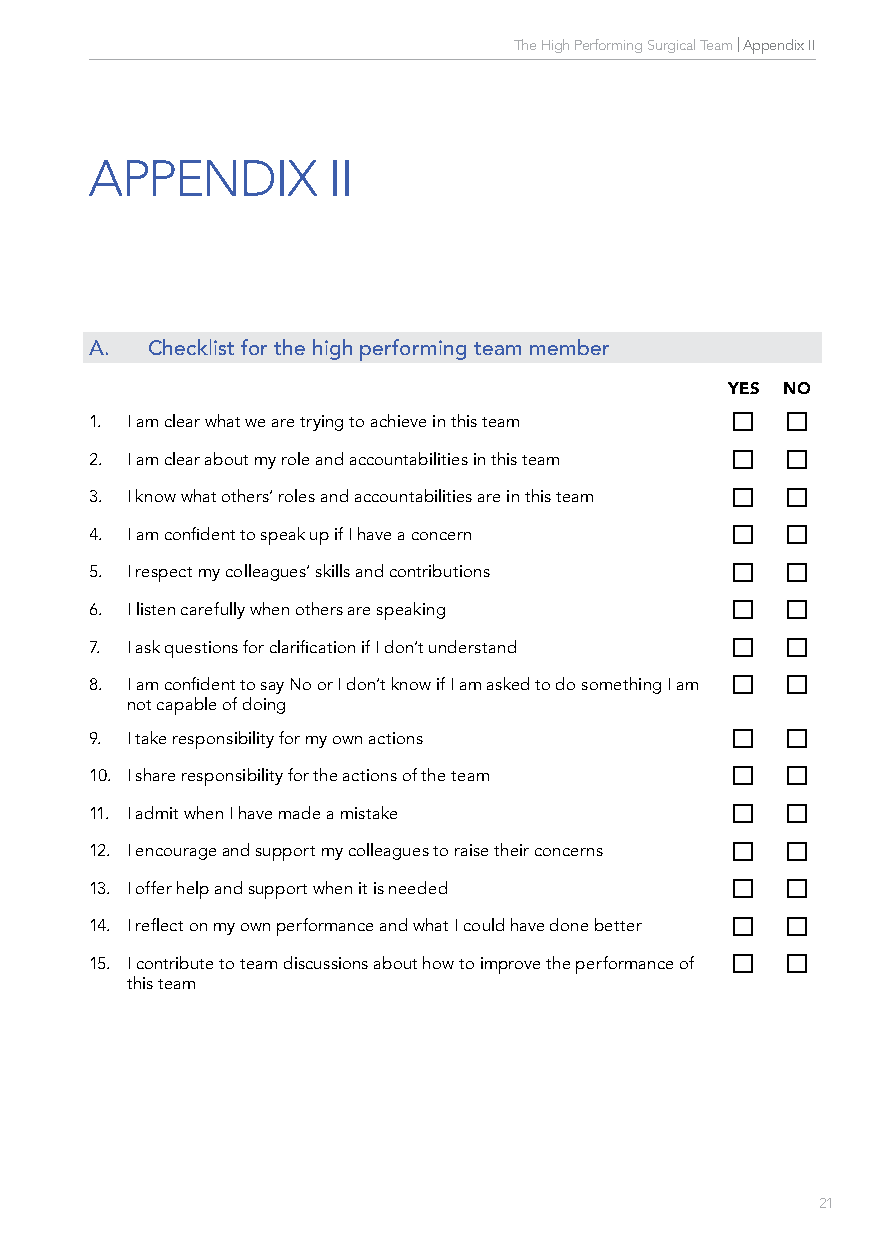
The High Performing Surgical Team | Appendix II
 APPENDIX        II
 A.  Checklist for the high performing team member
 YES NO
 1. I am clear what we are trying to achieve in this team  
 2. I am clear about my role and accountabilities in this team  
 3. I know what others’ roles and accountabilities are in this team  
 4. I am confident to speak up if I have a concern  
 5. I respect my colleagues’ skills and contributions  
 6. I listen carefully when others are speaking  
 7. I ask questions for clarification if I don’t understand  
 8. I am confident to say No or I don’t know if I am asked to do something I am  
 not capable of doing
 9. I take responsibility for my own actions  
 10. I share responsibility for the actions of the team  
 11. I admit when I have made a mistake       
 12. I encourage and support my colleagues to raise their concerns  
 13. I offer help and support when it is needed  
 14. I reflect on my own performance and what I could have done better  
 15. I contribute to team discussions about how to improve the performance of  
 this team
 20                                                    21